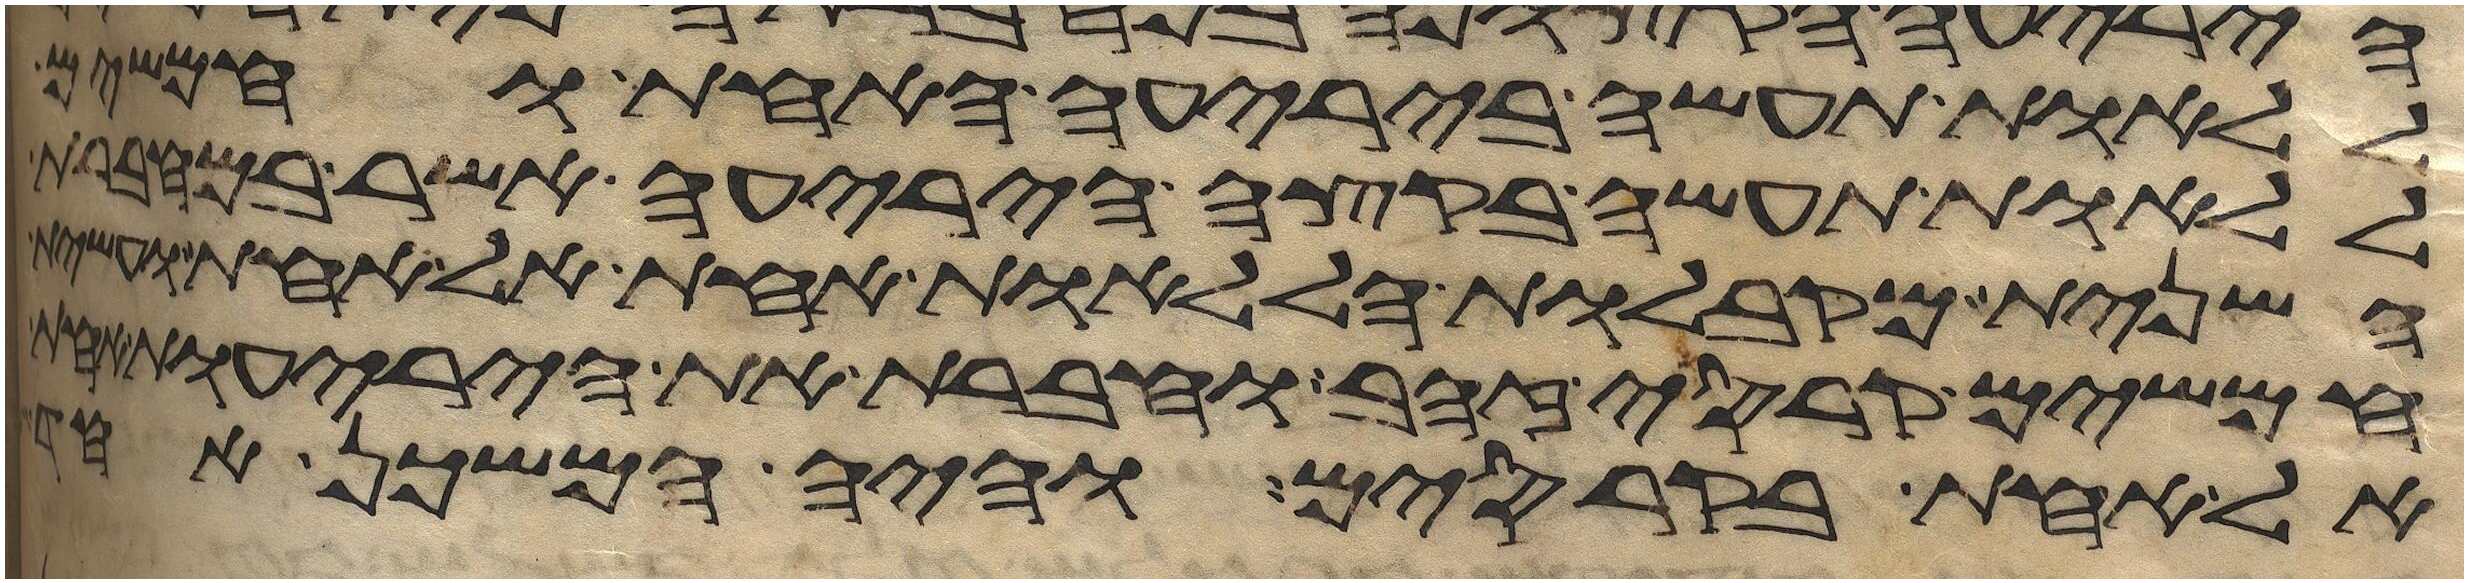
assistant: ללאות תעשה ביריעה האחת וחמשים
ללאות תעשה בקצה היריעה אשר
השנית מקבלות הללאות אחת אל אחת
חמשים קרסי זהב וחברת את היריעות
אל אחת בקרסים והיה המשכן אחד